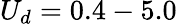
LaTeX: U_{d}=0.4-5.0